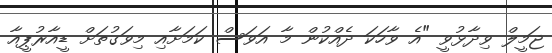
ޖަމީލް ވިދާޅުވީ "އެ ވާހަކަ ދެއްކުން މާ އަވަސް ކަމަށާއި މިވަގުތަށް ޑީއާރުޕީއާ